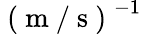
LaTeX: \mathrm{~(~m~/~s~)~}^{-1}